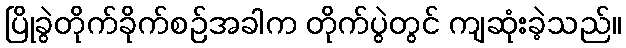
ပြိုခွဲတိုက်ခိုက်စဉ်အခါက တိုက်ပွဲတွင် ကျဆုံးခဲ့သည်။